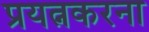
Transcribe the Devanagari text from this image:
प्रयत्नकरना